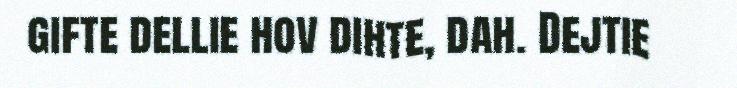
gifte dellie hov dihte, dah. Dejtie